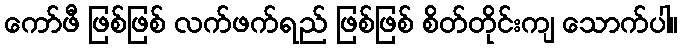
ကော်ဖီ ဖြစ်ဖြစ် လက်ဖက်ရည် ဖြစ်ဖြစ် စိတ်တိုင်းကျ သောက်ပါ။